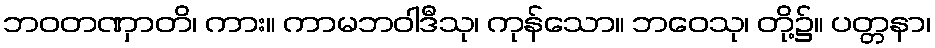
ဘဝတဏှာတိ၊ ကား။ ကာမဘဝါဒီသု၊ ကုန်သော။ ဘဝေသု၊ တို့၌။ ပတ္တနာ၊